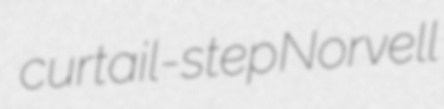
curtail-step Norvell